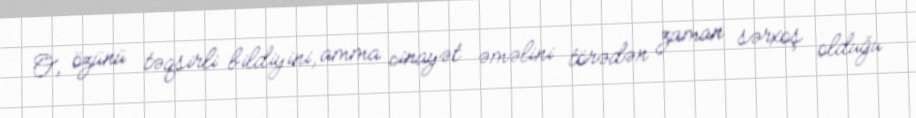
O, özünü təqsirli bildiyini, amma cinayət əməlini törədən zaman sərxoş olduğu